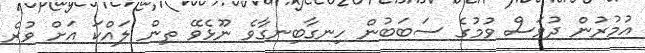
އުމުރުން ދުވަސް ވުމުގެ ސަބަބުން ހިނގާބިނގާވެ ނޫޅެވޭ ތިން ލައްކަ އަށް ވުރެ